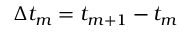
\Delta t _ { m } = t _ { m + 1 } - t _ { m }